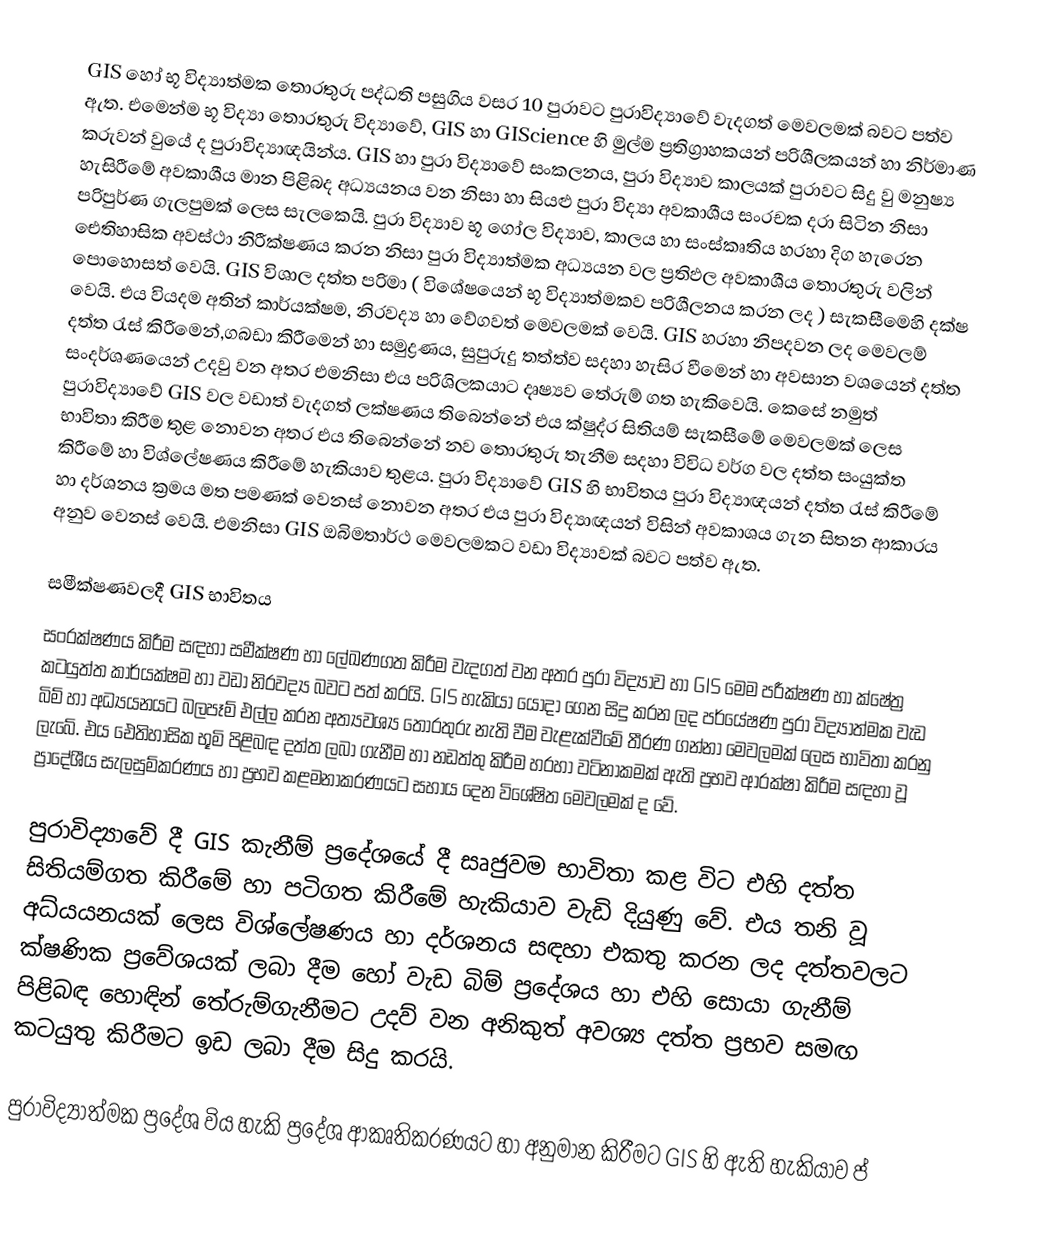
GIS හෝ භූ විද්‍යාත්මක තොරතුරු පද්ධති පසුගිය වසර 10 පුරාවට පුරාවිද්‍යාවේ වැදගත් මෙවලමක් බවට පත්ව ඇත. එමෙන්ම භූ විද්‍යා තොරතුරු විද්‍යාවේ, GIS හා GIScience හි මුල්ම ප්‍රතිග්‍රාහකයන් පරිශීලකයන් හා නිර්මාණ කරුවන් වුයේ ද පුරාවිද්‍යාඥයින්ය. GIS හා පුරා විද්‍යාවේ සංකලනය, පුරා විද්‍යාව කාලයක් පුරාවට සිදු වු මනුෂ්‍ය හැසිරීමේ අවකාශීය මාන පිළිබද අධ්‍යයනය වන නිසා හා සියළු පුරා විද්‍යා අවකාශීය සංරචක දරා සිටින නිසා පරිපුර්ණ ගැලපුමක් ලෙස සැලකෙයි. පුරා විද්‍යාව භූ ගෝල විද්‍යාව, කාලය හා සංස්කෘතිය හරහා දිග හැරෙන ඓතිහාසික අවස්ථා නිරීක්ෂණය කරන නිසා පුරා විද්‍යාත්මක අධ්‍යයන වල ප්‍රතිඵල අවකාශීය තොරතුරු වලින් පොහොසත් වෙයි. GIS විශාල දත්ත පරිමා ( විශේෂයෙන් භූ විද්‍යාත්මකව පරිශීලනය කරන ලද ) සැකසීමෙහි දක්ෂ වෙයි. එය වියදම අතින් කාර්යක්ෂම, නිරවද්‍ය හා වේගවත් මෙවලමක් වෙයි. GIS හරහා නිපදවන ලද මෙවලම් දත්ත රැස් කිරීමෙන්,ගබඩා කිරීමෙන් හා සමුද්‍රණය, සුපුරුදු තත්ත්ව සදහා හැසිර වීමෙන් හා අවසාන වශයෙන් දත්ත සංදර්ශණයෙන් උදවු වන අතර එමනිසා එය පරිශිලකයාට දෘෂ්‍යව තේරුම් ගත හැකිවෙයි. කෙසේ නමුත් පුරාවිද්‍යාවේ GIS වල වඩාත් වැදගත් ලක්ෂණය තිබෙන්නේ එය ක්ෂුද්ර සිතියම් සැකසීමේ මෙවලමක් ලෙස භාවිතා කිරීම තුළ නොවන අතර එය තිබෙන්නේ නව තොරතුරු තැනීම සදහා විවිධ වර්ග වල දත්ත සංයුක්ත කිරීමේ හා විශ්ලේෂණය කිරීමේ හැකියාව තුළය. පුරා විද්‍යාවේ GIS හි භාවිතය පුරා විද්‍යාඥයන් දත්ත රැස් කිරීමේ හා දර්ශනය ක්‍රමය මත පමණක් වෙනස් නොවන අතර එය පුරා විද්‍යාඥයන් විසින් අවකාශය ගැන සිතන ආකාරය අනුව වෙනස් වෙයි. එමනිසා GIS ඔබිමතාර්ථ මෙවලමකට වඩා විද්‍යාවක් බවට පත්ව ඇත.

සමීක්ෂණවලදී GIS භාවිතය
සංරක්ෂණය කිරීම සඳහා සමීක්ෂණ හා ලේඛණගත කිරීම වැදගත් වන අතර පුරා විද්‍යාව හා GIS මෙම පරීක්ෂණ හා ක්ෂේත්‍ර කටයුත්ත කාර්යක්ෂම හා වඩා නිරවද්‍ය බවට පත් කරයි. GIS හැකියා යොදා ගෙන සිදු කරන ලද පර්යේෂණ පුරා විද්‍යාත්මක වැඩ බිම් හා අධ්‍යයනයට බලපෑම් එල්ල කරන අත්‍යවශ්‍ය තොරතුරු නැති වීම වැළැක්වීමේ තීරණ ගන්නා මෙවලමක් ලෙස භාවිතා කරනු ලැබේ. එය ඓතිහාසික භූමි පිළිබඳ දත්ත ලබා ගැනීම හා නඩත්තු කිරීම හරහා වටිනාකමක් ඇති ප්‍රභව ආරක්ෂා කිරීම සඳහා වූ ප්‍රාදේශීය සැලසුම්කරණය හා ප්‍රභව කළමනාකරණයට සහාය දෙන විශේෂිත මෙවලමක් ද වේ.

පුරාවිද්‍යාවේ දී   GIS කැනීම් ප්‍රදේශයේ දී සෘජුවම භාවිතා කළ විට එහි දත්ත සිතියම්ගත කිරීමේ හා පටිගත කිරීමේ හැකියාව වැඩි දියුණු වේ. එය තනි වූ අධ්යයනයක් ලෙස විශ්ලේෂණය හා දර්ශනය සඳහා එකතු කරන ලද දත්තවලට ක්ෂණික ප්‍රවේශයක් ලබා දීම හෝ වැඩ බිම් ප්‍රදේශය හා එහි සොයා ගැනීම් පිළිබඳ හොඳින් තේරුම්ගැනීමට උදව් වන අනිකුත් අවශ්‍ය දත්ත ප්‍රභව සමඟ කටයුතු කිරීමට ඉඩ ලබා දීම සිදු කරයි.

පුරාවිද්‍යාත්මක ප්‍රදේශ විය හැකි ප්‍රදේශ ආකෘතිකරණයට හා අනුමාන කිරීමට GIS හි ඇති හැකියාව ප්‍